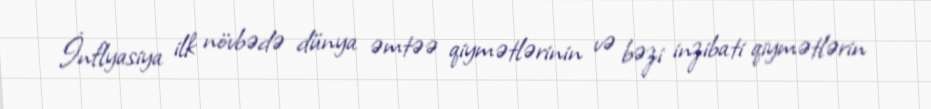
İnflyasiya ilk növbədə dünya əmtəə qiymətlərinin və bəzi inzibati qiymətlərin